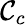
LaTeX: \mathcal{C}_{c}